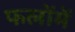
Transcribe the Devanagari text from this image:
फलोंमें